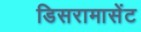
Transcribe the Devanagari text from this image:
डिसरामासेंट